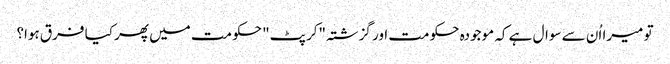
تو میرا اُن سے سوال ہے کہ موجودہ حکومت اور گزشتہ "کرپٹ" حکومت میں پھر کیا فرق ہوا؟